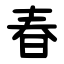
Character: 春